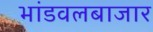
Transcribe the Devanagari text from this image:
भांडवलबाजार